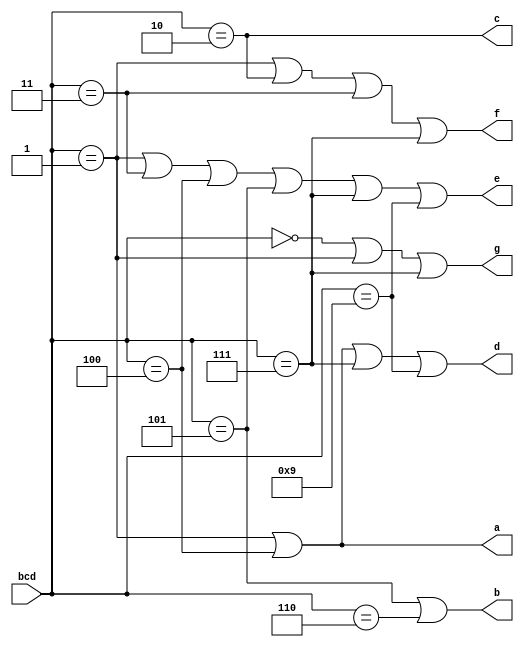
//#############################################################################
//# Function: BCD Seven Segment Decoder                                       #
//#############################################################################
//# Author:   Andreas Olofsson                                                #
//# License:  MIT (see LICENSE file in OH! repository)                        #
//#############################################################################

module oh_7seg_decode
  (
    input [3:0] bcd, // 0-9
    output 	a,   // a segment (1=0ff)
    output 	b,   // b segment
    output 	c,   // c segment
    output 	d,   // d segment
    output 	e,   // e segment
    output 	f,   // f segment
    output 	g    // g segment
    );

   assign a = (bcd[3:0] == 4'h1) | (bcd[3:0] == 4'h4);

   assign b = (bcd[3:0] == 4'h5) | (bcd[3:0] == 4'h6);

   assign c = (bcd[3:0] == 4'h2);

   assign d = (bcd[3:0] == 4'h1) | (bcd[3:0] == 4'h4)|
              (bcd[3:0] == 4'h7) | (bcd[3:0] == 4'h9);

   assign e = (bcd[3:0] == 4'h1) | (bcd[3:0] == 4'h3)|
	      (bcd[3:0] == 4'h4) | (bcd[3:0] == 4'h5)|
	      (bcd[3:0] == 4'h7) | (bcd[3:0] == 4'h9);

   assign f = (bcd[3:0] == 4'h1) | (bcd[3:0] == 4'h2)|
	      (bcd[3:0] == 4'h3) | (bcd[3:0] == 4'h7);


   assign g = (bcd[3:0] == 4'h0) | (bcd[3:0] == 4'h1) |
	      (bcd[3:0] == 4'h7);

endmodule